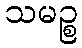
သမဉ္စ